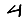
Digit: 4